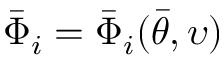
\bar { \Phi } _ { i } = \bar { \Phi } _ { i } ( \bar { \theta } , \upsilon )